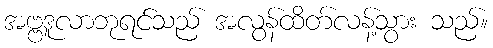
အဗ္ဗဒူလာဘုရင်သည် အလွန်ထိတ်လန့်သွား သည်။